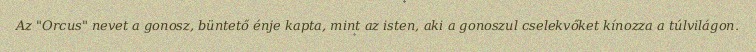
Az "Orcus" nevet a gonosz, büntető énje kapta, mint az isten, aki a gonoszul cselekvőket kínozza a túlvilágon.